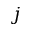
j